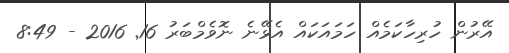
އޭރުން ހުރިހާކަމެއް ހަމައަކައް އެޅޭނެ ނޮވެމްބަރު 16